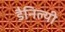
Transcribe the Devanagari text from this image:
डैनिल्यी